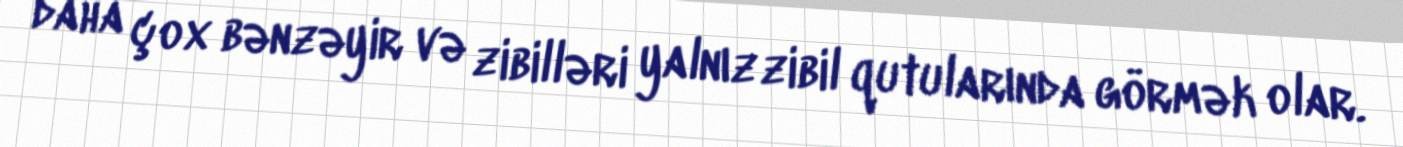
daha çox bənzəyir və zibilləri yalnız zibil qutularında görmək olar.